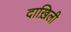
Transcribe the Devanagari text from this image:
दाख़िली